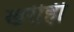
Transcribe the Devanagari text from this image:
खरीही